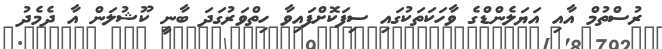
ރުސްތުމް އާއި އަޔަލެންޑްގެ ވާހަކަތަކުގައި ސިފަކޮށްފައިވާ ހިތްވަރުގަދަ ބާނީ ކޫޝުލަން އާ ދެމެދު